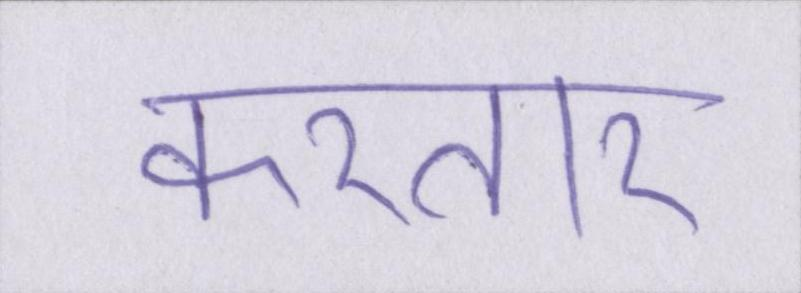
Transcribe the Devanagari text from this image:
करतार